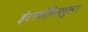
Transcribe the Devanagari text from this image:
इंटरमॉलिक्युलर